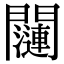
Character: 𬮖